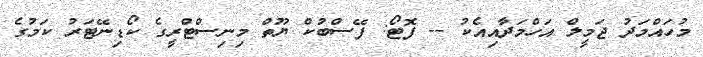
މުހައްމަދު ޖަމީލް އަހްމަދާއިއެކު -- ފޮޓޯ: ފޭސްބުކް ޔޫތް މިނިސްޓްރީގެ ކޯޑިނޭޓަރު ކަމުގެ